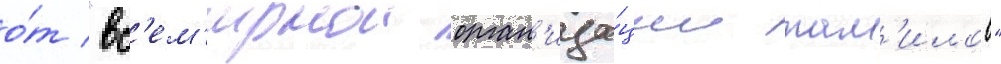
о́т "вс'ем'ирнои орган'иза́ции там'илов"